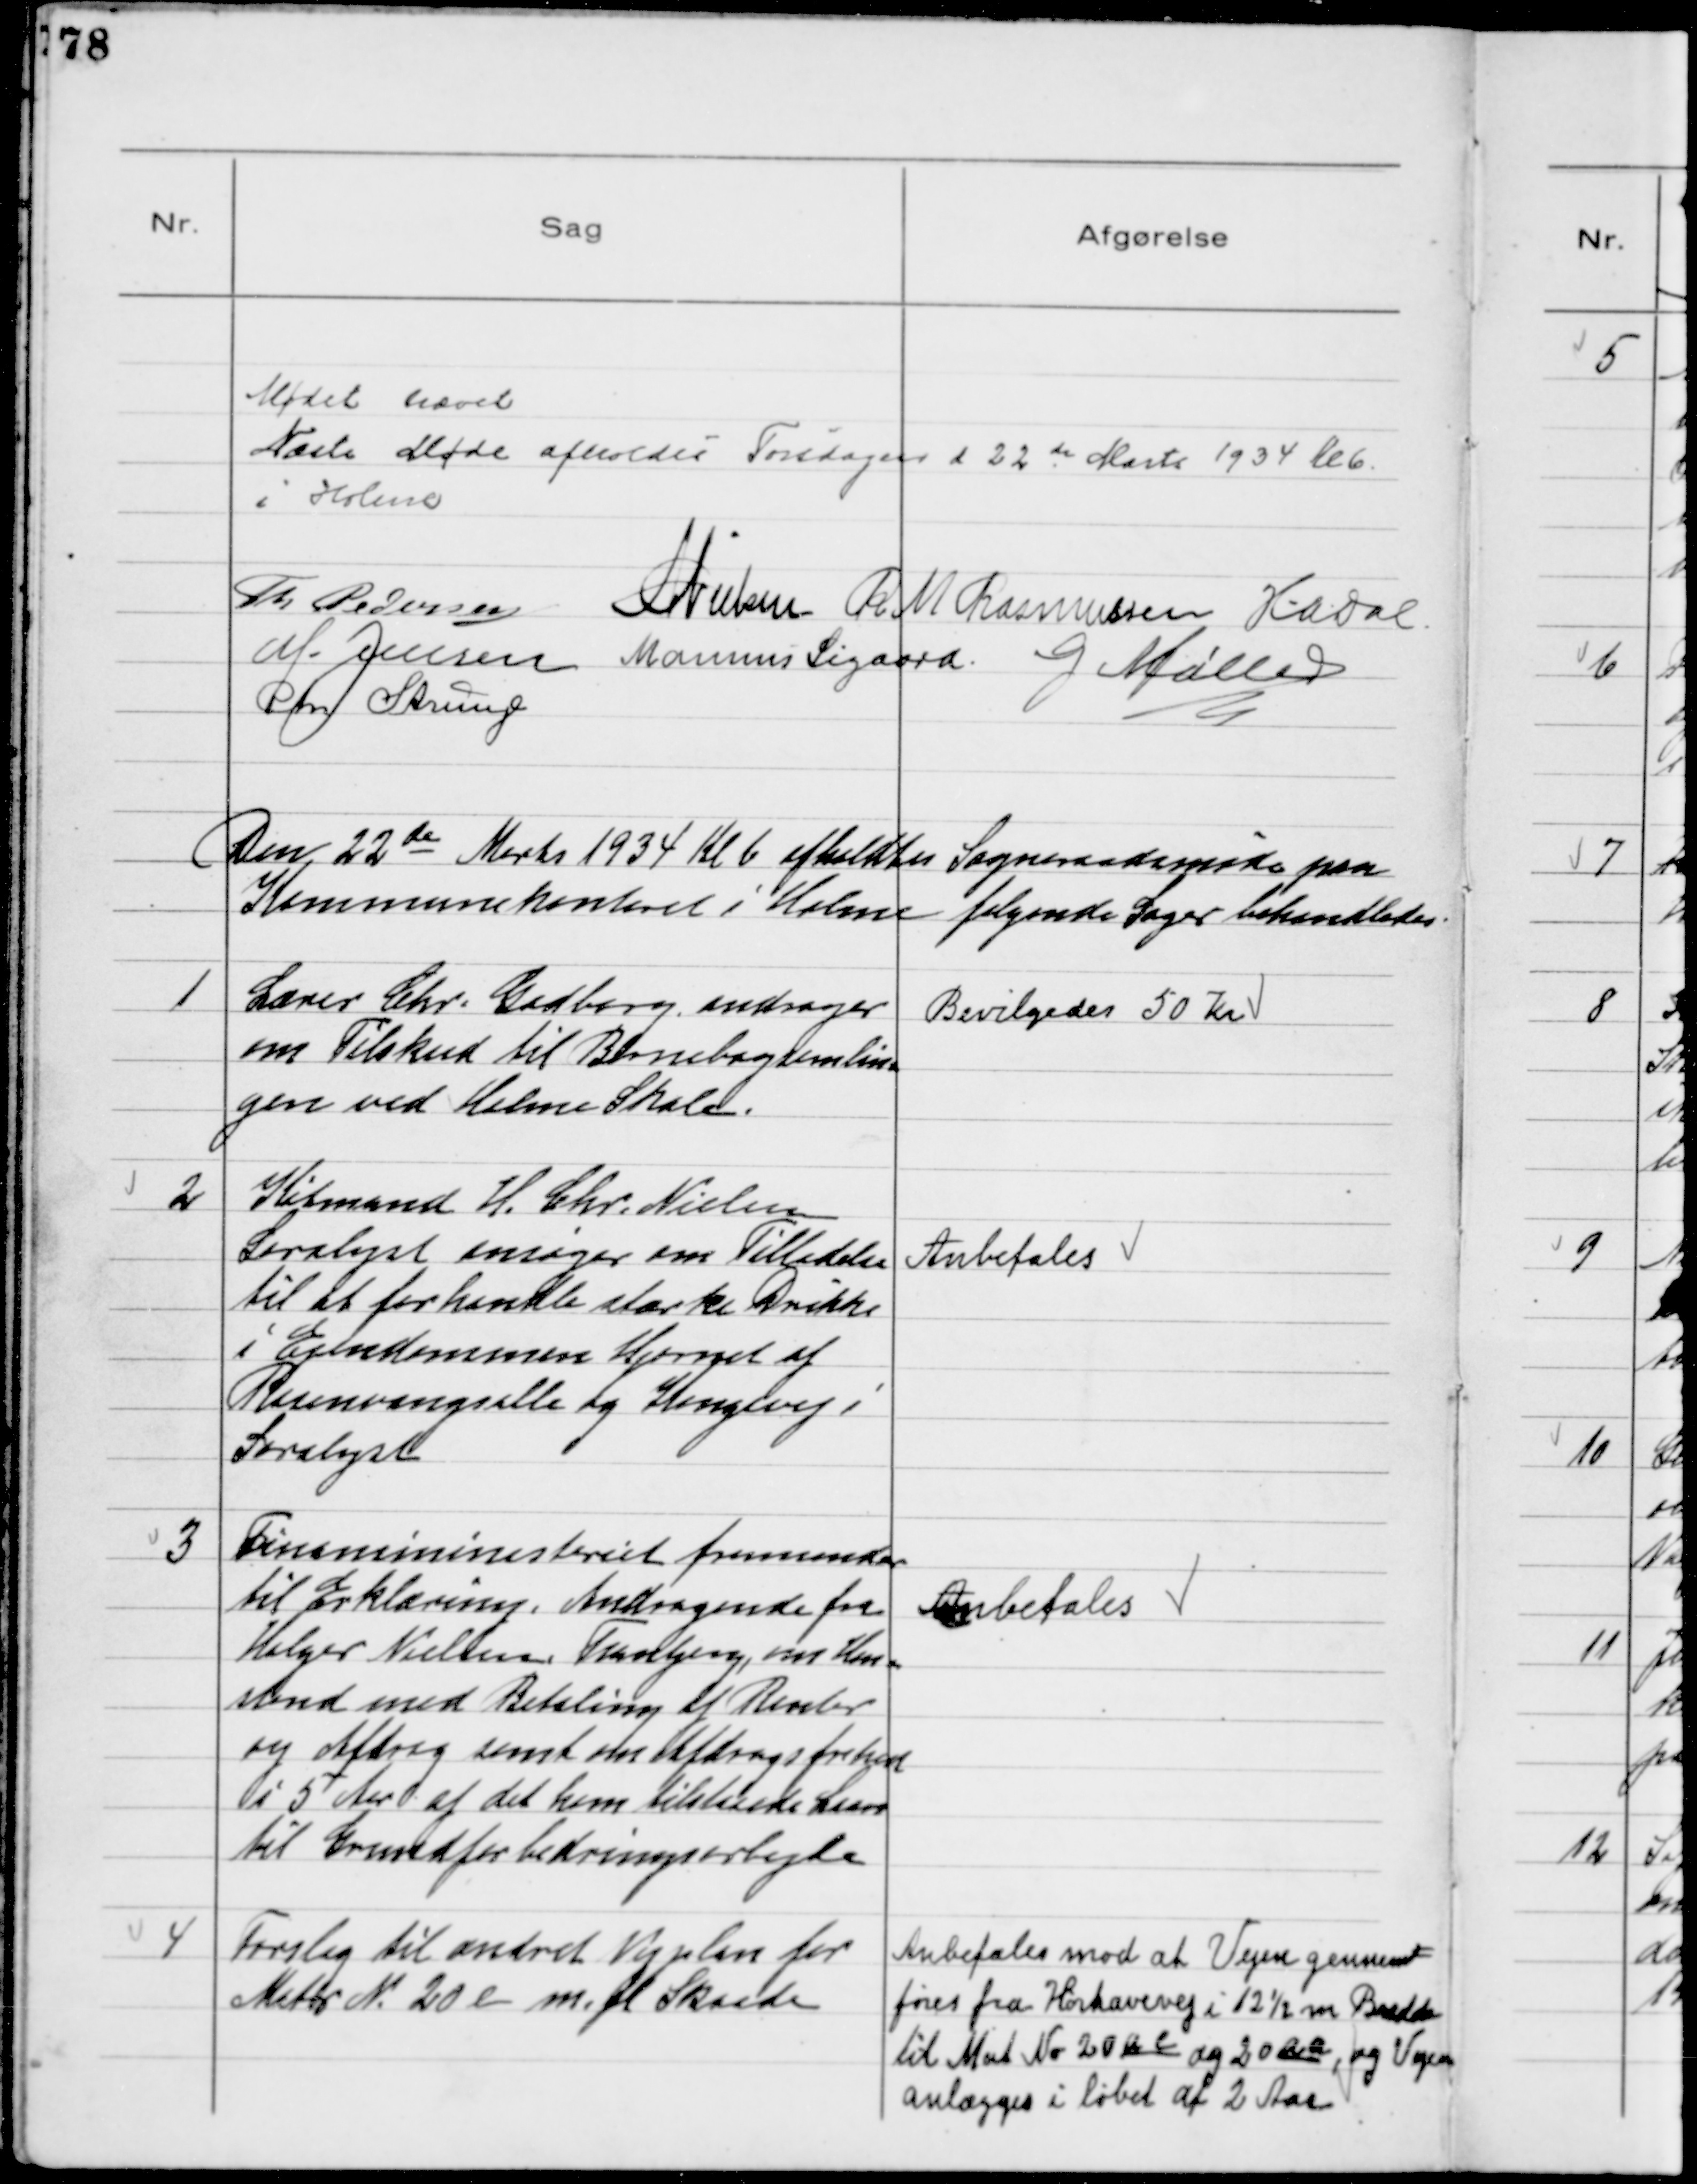
Transskription:
Mødet hævet
Næste Møde afholdes Torsdagen d 22 de Marts 1934 Kl 6
i Holme
Th Pedersen NNielsen R M Rasmussen HADal
M. Jensen Marinus Sigaard G. Møller
Chr Strunge

Den 22de Marts 1934 Kl 6 afholdtes Sogneraadsmøde paa
Kommunekontoret i Holme følgende Sager behandledes

1
Lærer Chr. Gadberg andrager
om Tilskud til Børnebogsamlim-
gen ved Holme Skole.

Bevilgedes 50 Kr

2
Købmand H. Chr. Nielsen
Saralyst ansøger om Tilladelse
til at forhandle stærke Drikke
i Ejendommen Hjørnet af
Rosenvangsalle og Kongevej i
Saralyst

Anbefales

3
Finansministeriet fremsender
til Erklæring Andragende fra
Holger Nielsen, Tranbjerg, om Hen-
stand med Betaling af Renter
og Afdrag samt om Afdragsfrihed
i 5 Aar af det ham tilstaaede Laan
til Grundforbedringsarbejde

Anbefales

4
Forslag til ændret Vejplan for
Matr № 20 l m.fl. Skaade

Anbefales mod at Vejene gennem-
føres fra Hørhavevej i 12½ m Bredde
til Mat № 20 ac og 20 qa, og Vejen
anlægges i løbet af 2 Aar